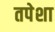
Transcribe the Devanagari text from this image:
तपेशा